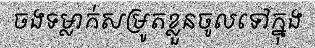
ចងទម្លាក់សម្រូតខ្លួនចូលទៅក្នុង